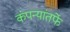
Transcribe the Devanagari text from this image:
कंपन्यांतर्फे